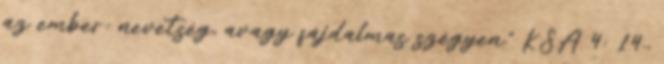
az ember: nevetség, avagy fájdalmas szégyen.” KSA 4: 14.,